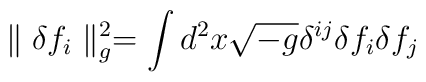
\parallel\delta f_i\parallel^2_g = \int d^2x \sqrt{-g} \delta^{ij}\delta f_i \delta f_j